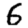
Digit: 6